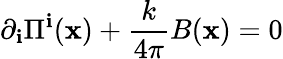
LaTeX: \partial_{\mathbf{i}}\Pi^{\mathbf{i}}({\mathbf{x}})+\frac{{k}}{{4\pi}}B({\mathbf{x}})=0